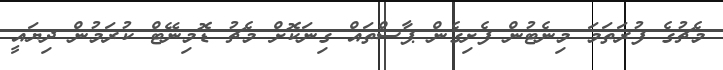
މެޗުގެ ފުރަތަމަ މިނެޓުން ފެށިގެން ޕާސްތައް ގިނަކޮށް މެޗު ޑޮމިނޭޓް ކުރަމުން ދިޔައީ